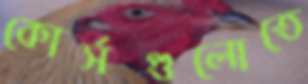
কোর্সগুলোতে